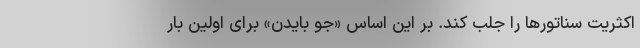
اکثریت سناتورها را جلب کند. بر این اساس «جو بایدن» برای اولین بار